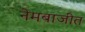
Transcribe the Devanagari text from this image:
नेमबाजीत